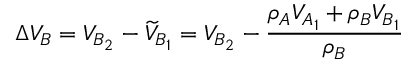
\Delta { V } _ { B } = V _ { B _ { 2 } } - \widetilde { V } _ { B _ { 1 } } = V _ { B _ { 2 } } - { \frac { \rho _ { A } { V } _ { A _ { 1 } } + \rho _ { B } { V } _ { B _ { 1 } } } { \rho _ { B } } }